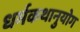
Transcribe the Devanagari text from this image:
धर्मकथानुयोग